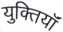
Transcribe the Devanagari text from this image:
युक्‍तियॉं